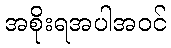
အစိုးရအပါအဝင်